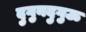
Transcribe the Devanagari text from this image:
दुगुनदुगुऊ